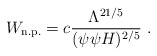
\begin{align*}W_{\rm n.p.} = c \frac{\Lambda^{21/5}}{(\psi \psi H)^{2/5}} \ .\end{align*}